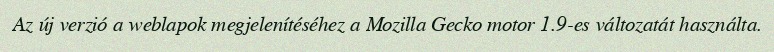
Az új verzió a weblapok megjelenítéséhez a Mozilla Gecko motor 1.9-es változatát használta.